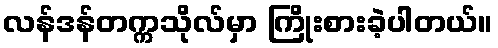
လန်ဒန်တက္ကသိုလ်မှာ ကြိုးစားခဲ့ပါတယ်။